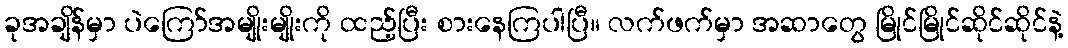
ခုအချိန်မှာ ပဲကြော်အမျိုးမျိုးကို ထည့်ပြီး စားနေကြပါပြီ။ လက်ဖက်မှာ အဆာတွေ မြိုင်မြိုင်ဆိုင်ဆိုင်နဲ့